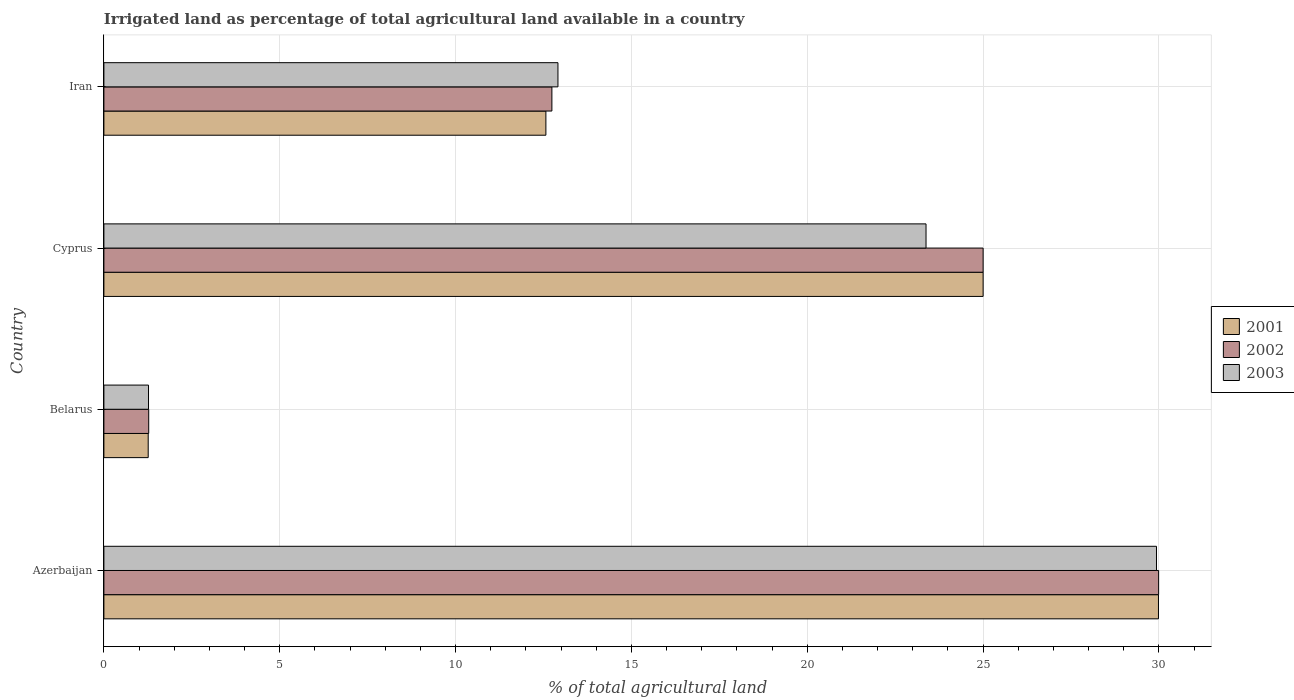
| Country | 2001 | 2002 | 2003 |
 | --- | --- | --- | --- |
 | Azerbaijan | 30 | 30 | 29.9 |
 | Belarus | 1.26 | 1.27 | 1.27 |
 | Cyprus | 25 | 25 | 23.4 |
 | Iran | 12.6 | 12.7 | 12.9 |